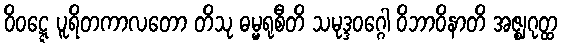
ဝိဝဋ္ဋေ ပူရိတကာလတော တိသု ဓမ္မရုစီတိ သမုဒ္ဒဝဂ္ဂေါ ဝိဘာဝိနာတိ အဇ္ဈဂုတ္ထ